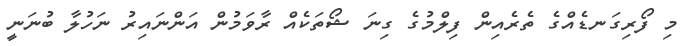
މި ފޯރިގަނޑެއްގެ ތެރެއިން ފިލްމުގެ ގިނަ ޝޯތަކެއް ރާވަމުން އަންނައިރު ނަހުލާ ބުނަނީ